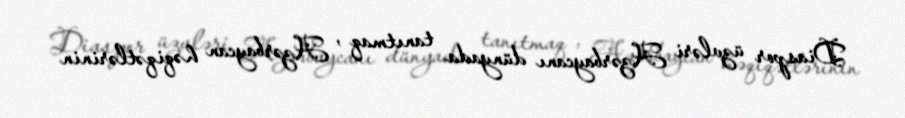
Diaspor üzvləri Azərbaycanı dünyada tanıtmaq , Azərbaycan həqiqətlərinin